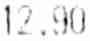
12.90